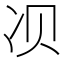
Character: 𱐀